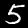
Label: 5